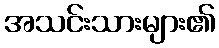
အသင်းသားများ၏